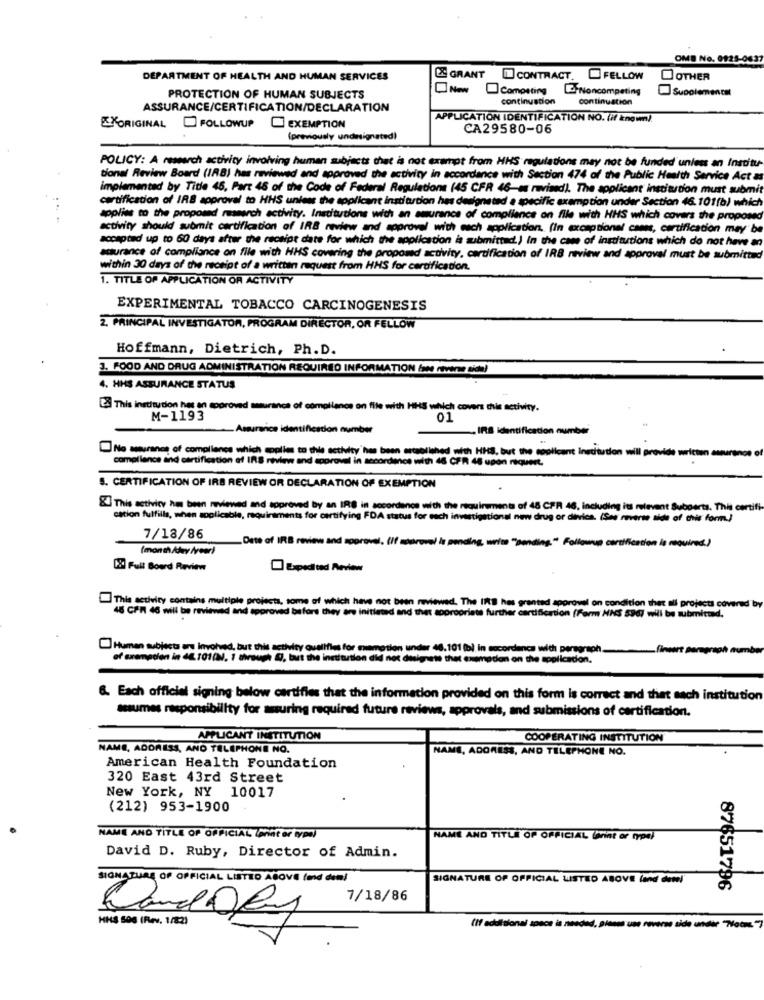
OMB No. 0125-0637
DEPARTMENT OF HEALTH AND HUMAN SERVICES
GRANT I CONTRACT. FELLOW
OTHER
Competing
E Noncompeting
Supplemental
PROTECTION OF HUMAN SUBJECTS
continuation
Continuation
ASSURANCE/CERTIFICATION/DECLARATION
APPLICATION IDENTIFICATION NO. (if known)
EXORIGINAL FOLLOWUP
EXEMPTION
CA29580-06
(previously undesignated)
POLICY: A research activity involving human subjects that is not exempt from HHS regulations may not be funded unless an Institu
tional Review Board (IRB) has reviewed and approved the activity in accordance with Section 474 of the Public Health Service Act as
implemented by Title 45, Part 48 of the Code of Federal Regulations (45 CFR 46-es raised). The applicant institution must submit
certification of IRB approval to HHS unless the applicant institution has designated a specific exemption under Section 46.101(b) which
applies to the proposed research activity. Institutions with an amurance of compliance on file with HHS which covers the proposed
activity should submit certification of IRB review and approvel with each application. (In exceptional caen, certification may be
accepted up to 60 days after the receipt date for which the application is submitted.) In the case of institutions which do not have an
acturance of compliance on file with HHS covering the proposed activity, certification of IRB review and approval must be submitted
within 30 days of the receipt of a written request from HHS for certification.
1. TITLE OF APPLICATION OF ACTIVITY
EXPERIMENTAL TOBACCO CARCINOGENESIS
2. PRINCIPAL INVESTIGATOR, PROGRAM DIRECTOR, OR FELLOW
Hoffmann, Dietrich, Ph. D.
3. FOOD AND DRUG ADMINISTRATION REQUIRED INFORMATION ( rtve side)
4. HHS ASSURANCE STATUS
2 This institution hes an approved sasurance of compliance on file with HHS which covers this activity.
M-1193
01
Assurance identification number
IRS identification number
No assurance of compliance which applies to this activity has been established with HHS, but the coolicant Inedition will provide wirte
compilance and certification of IRS review and approval in accordance with 46 CFR 48 upon niquert.
S. CERTIFICATION OF IRB REVIEW OR DECLARATION OF EXEMPTION
& This activity has been reviewed and approved by an IRS in socordance with the requirements of 48 CFR 46, including its relevent Subperts. This certifi
cation fulfills, when applicable, requirements for certifying FDA status for each investigational new drug or dirrica. (Ses reverte side of this form.)
7/18/86
(month Abey /veer)
Date of IRB reviews and spprovel. (If sodrove) is pending, write "pending" Followup certification is required.)
[2 Full Boerd Review
This activity contains multiple projects, some of which have not been reviewed. The II# hes granted approval on condition that all projects covered by
45 CFR 46 will be reviewed and approved before they are initleted and thet mopropriete further certification (Form HNS 596) will be submitted.
Human subjects are involved, but this activity qualifies for miamotion under 46.101 (b) in accordance with paragraph.
fineert paragraph number
of exemption in 46.101(, 1 through (, but the institution did not designets that examadian on the application.
6. Each officiel signing below certifies that the information provided on this form is correct and that each institution
assumes responsibility for suring required future reviews, approvals, and submissions of certification.
APPLICANT INSTITUTION
COOPERATING INSTITUTION
NAME, ADDRESS, AND TELEPHONE NO.
NAME, ADDRESS, AND TELEPHONE NO.
American Health Foundation
320 East 43rd Street
New York, NY 10017
(212) 953-1900
NAME AND TITLE OF OFFICIAL (øhat er typal
NAME AND TITLE OF OFFICIAL (Print or type)
David D. Ruby, Director of Admin.
SIGNATURE OF OFFICIAL LISTED ABOVE (and den)
SIGNATURE OF OFFICIAL LISTED ABOVE (and @em!"
87651796
7/18/86
HHS 500 (Fev. 1/82)
Pand ORy
(If additional space is needed, piensa um